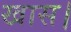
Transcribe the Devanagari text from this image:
खास।